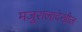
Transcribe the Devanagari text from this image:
मजुरालादेखील